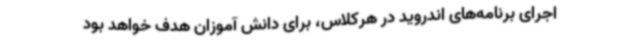
اجرای برنامه‌های اندروید در هرکلاس، برای دانش آموزان هدف خواهد بود